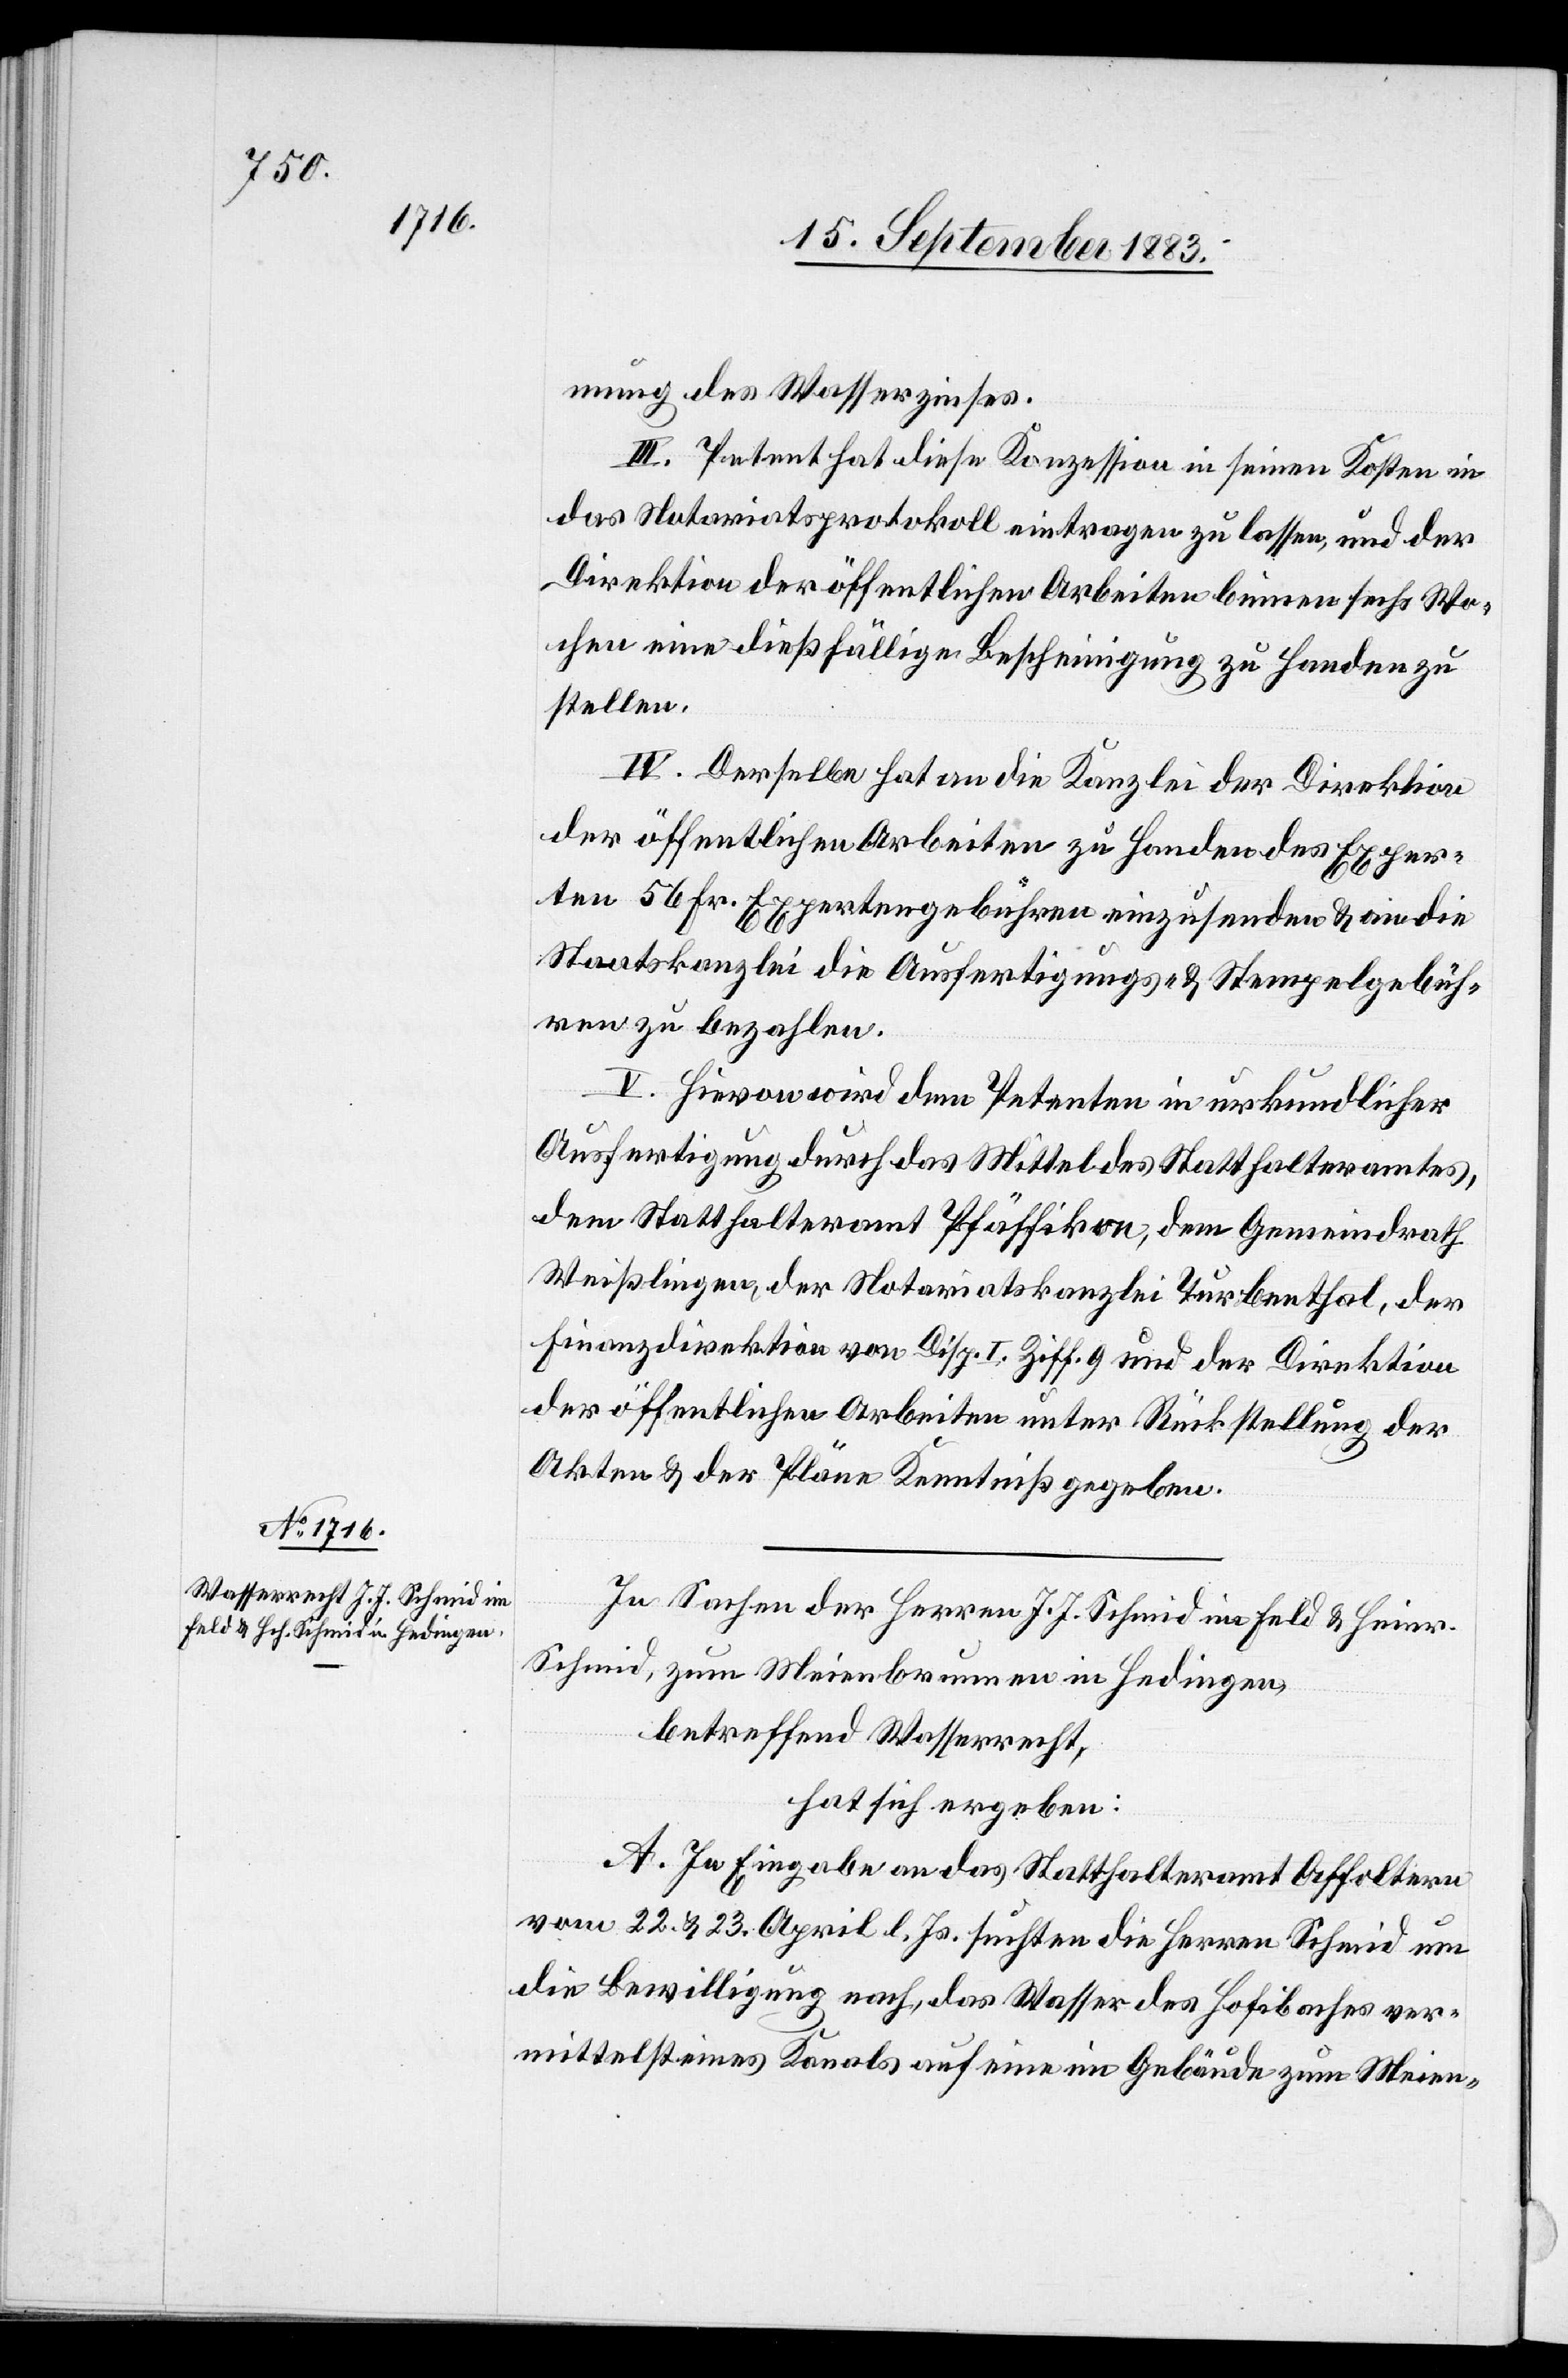
mung des Wasserzinses.
III. Petent hat diese Konzession in seinen Kosten in
das Notariatsprotokoll eintragen zu lassen, und der
Direktion der öffentlichen Arbeiten binnen sechs Wo¬
chen eine dießfällige Bescheinigung zu Handen zu
stellen.
IV. Derselbe hat an die Kanzlei der Direktion
der öffentlichen Arbeiten zu Handen des Exper¬
ten 56 Fr. Expertengebühren einzusenden & an die
Staatskanzlei die Ausfertigungs- & Stempelgebüh¬
ren zu bezahlen.
V. Hievon wird dem Petenten in urkundlicher
Ausfertigung durch das Mittel des Statthalteramtes,
dem Statthalteramt Pfäffikon, dem Gemeindrath
Weißlingen, der Notariatskanzlei Turbenthal, der
Finanzdirektion von Disp. I Ziff. 9 und der Direktion
der öffentlichen Arbeiten unter Rückstellung der
Akten & der Pläne Kenntniß gegeben.
In Sachen der Herren J. J. Schmid im Feld & Heinr.
Schmid, zum Meienbrunnen in Hedingen,
betreffend Wasserrecht,
hat sich ergeben:
A. In Eingabe an das Statthalteramt Affoltern
vom 22. & 23. April l. Js. suchten die Herren Schmid um
die Bewilligung nach, das Wasser des Hofibaches ver¬
mittelst eines Kanals auf eine im Gebäude zum Meien-